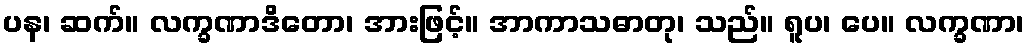
ပန၊ ဆက်။ လက္ခဏာဒိတော၊ အားဖြင့်။ အာကာသဓာတု၊ သည်။ ရူပ၊ ပေ။ လက္ခဏာ၊